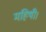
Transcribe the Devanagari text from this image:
महिषी।